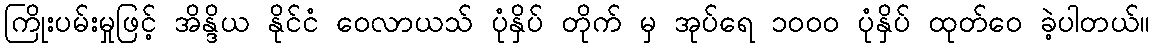
ကြိုးပမ်းမှုဖြင့် အိန္ဒိယ နိုင်ငံ ဝေလာယသ် ပုံနှိပ် တိုက် မှ အုပ်ရေ ၁၀၀၀ ပုံနှိပ် ထုတ်ဝေ ခဲ့ပါတယ်။